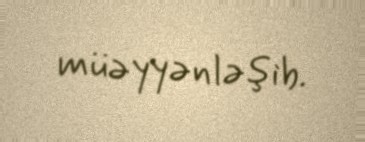
müəyyənləşib.